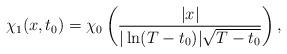
LaTeX: \begin{align*}\chi_1(x,t_0) = \chi_0 \left(\frac{|x|}{|\ln(T-t_0)|\sqrt{T-t_0}}\right),\end{align*}